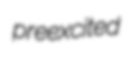
preexcited